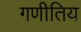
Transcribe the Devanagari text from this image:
गणीतिय